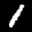
Digit: 1